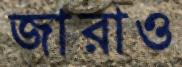
জারাও